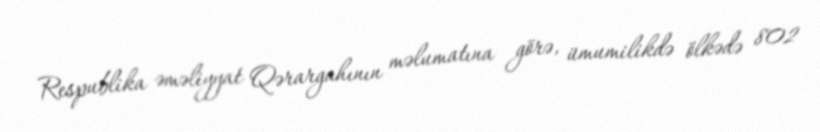
Respublika əməliyyat Qərargahının məlumatına görə, ümumilikdə ölkədə 802